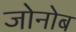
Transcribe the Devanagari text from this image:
जोनोब